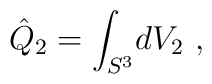
\hat Q_2 =  \int_{S^3}\! dV_2\ ,